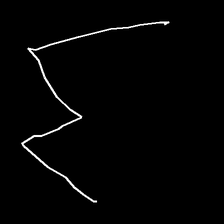
Glyph: crush